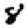
Digit: 8